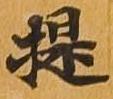
提